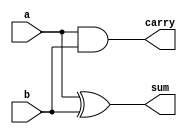
module halfAdder (
    output sum,carry, input a,b
);
    xor x0(sum,a,b);
    and a0(carry,a,b);
endmodule